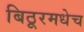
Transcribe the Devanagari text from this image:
बिठूरमधेच